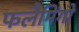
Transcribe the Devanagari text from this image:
फलैमिंगो